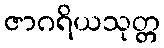
ဇာဂရိယသုတ္တ